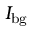
I _ { \mathrm { b g } }